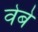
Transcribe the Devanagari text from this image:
वेबे